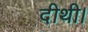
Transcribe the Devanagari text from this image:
दीथी।